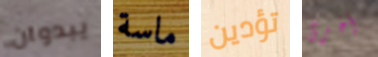
يبدوان ماسة تؤدين أخرى